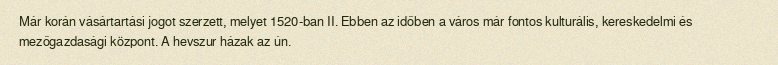
Már korán vásártartási jogot szerzett, melyet 1520-ban II. Ebben az időben a város már fontos kulturális, kereskedelmi és mezőgazdasági központ. A hevszur házak az ún.